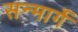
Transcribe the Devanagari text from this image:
सन्मार्गे